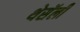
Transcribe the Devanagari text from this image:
थेसॅली